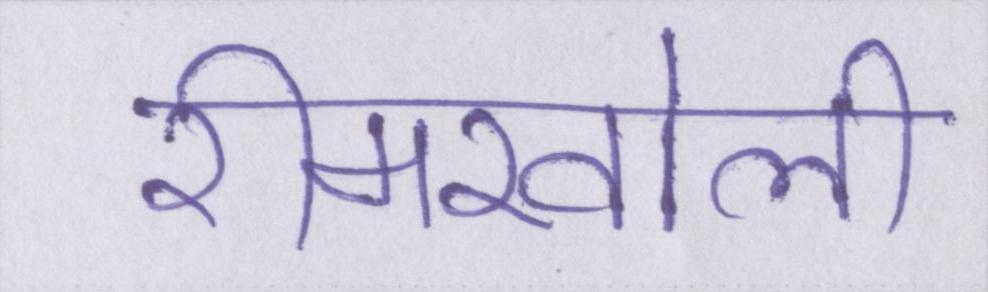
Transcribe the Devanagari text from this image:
रीमखोली